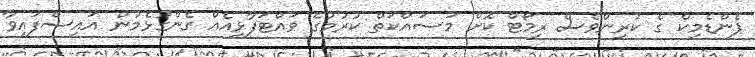
ޕެންޑެމިކް ގެ ކުރިންވެސް ރިމޯޓް ކޮށް މަސައްކަތް ކުރުމުގެ ވައްޓަފާޅިއެއް ގެންގުޅެމުން އައިސްފައިވާ